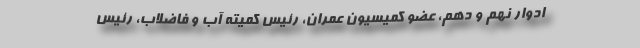
ادوار نهم و دهم، عضو کمیسیون عمران، رئیس کمیته آب و فاضلاب، رئیس